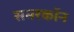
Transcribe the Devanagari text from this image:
समरकॉन